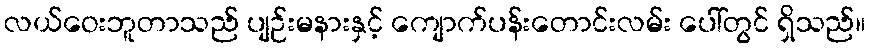
လယ်ဝေးဘူတာသည် ပျဉ်းမနားနှင့် ကျောက်ပန်းတောင်းလမ်း ပေါ်တွင် ရှိသည်။